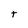
Character: t